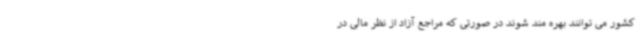
کشور می توانند بهره مند شوند در صورتی که مراجع آزاد از نظر مالی در